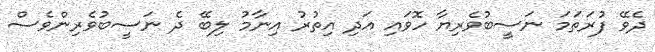
ދެވޭ ފުރަތަމަ ނަސީބުވެރިޔާ ހޮވައި އަދި އިތުރު އިނާމު ލިބޭ ދެ ނަސީބުވެރިންވެސް